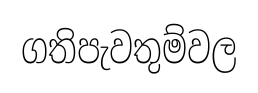
ගතිපැවතුම්වල